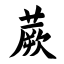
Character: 蕨